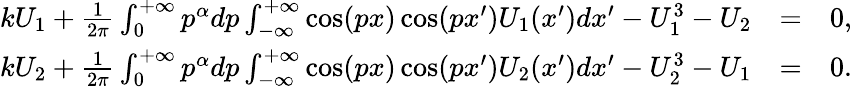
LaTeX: \begin{array}{rlr}{kU_{1}+\frac{1}{2\pi}\int_{0}^{+\infty}p^{\alpha}dp\int_{-\infty}^{+\infty}\cos(px)\cos(px^{\prime})U_{1}(x^{\prime})dx^{\prime}-U_{1}^{3}-U_{2}}&{=}&{0,}\\ {kU_{2}+\frac{1}{2\pi}\int_{0}^{+\infty}p^{\alpha}dp\int_{-\infty}^{+\infty}\cos(px)\cos(px^{\prime})U_{2}(x^{\prime})dx^{\prime}-U_{2}^{3}-U_{1}}&{=}&{0.}\end{array}